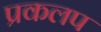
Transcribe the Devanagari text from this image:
प्रकलप